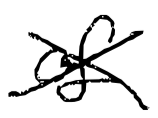
Text: of
Cross-out: mix
Writing tool: digital_black